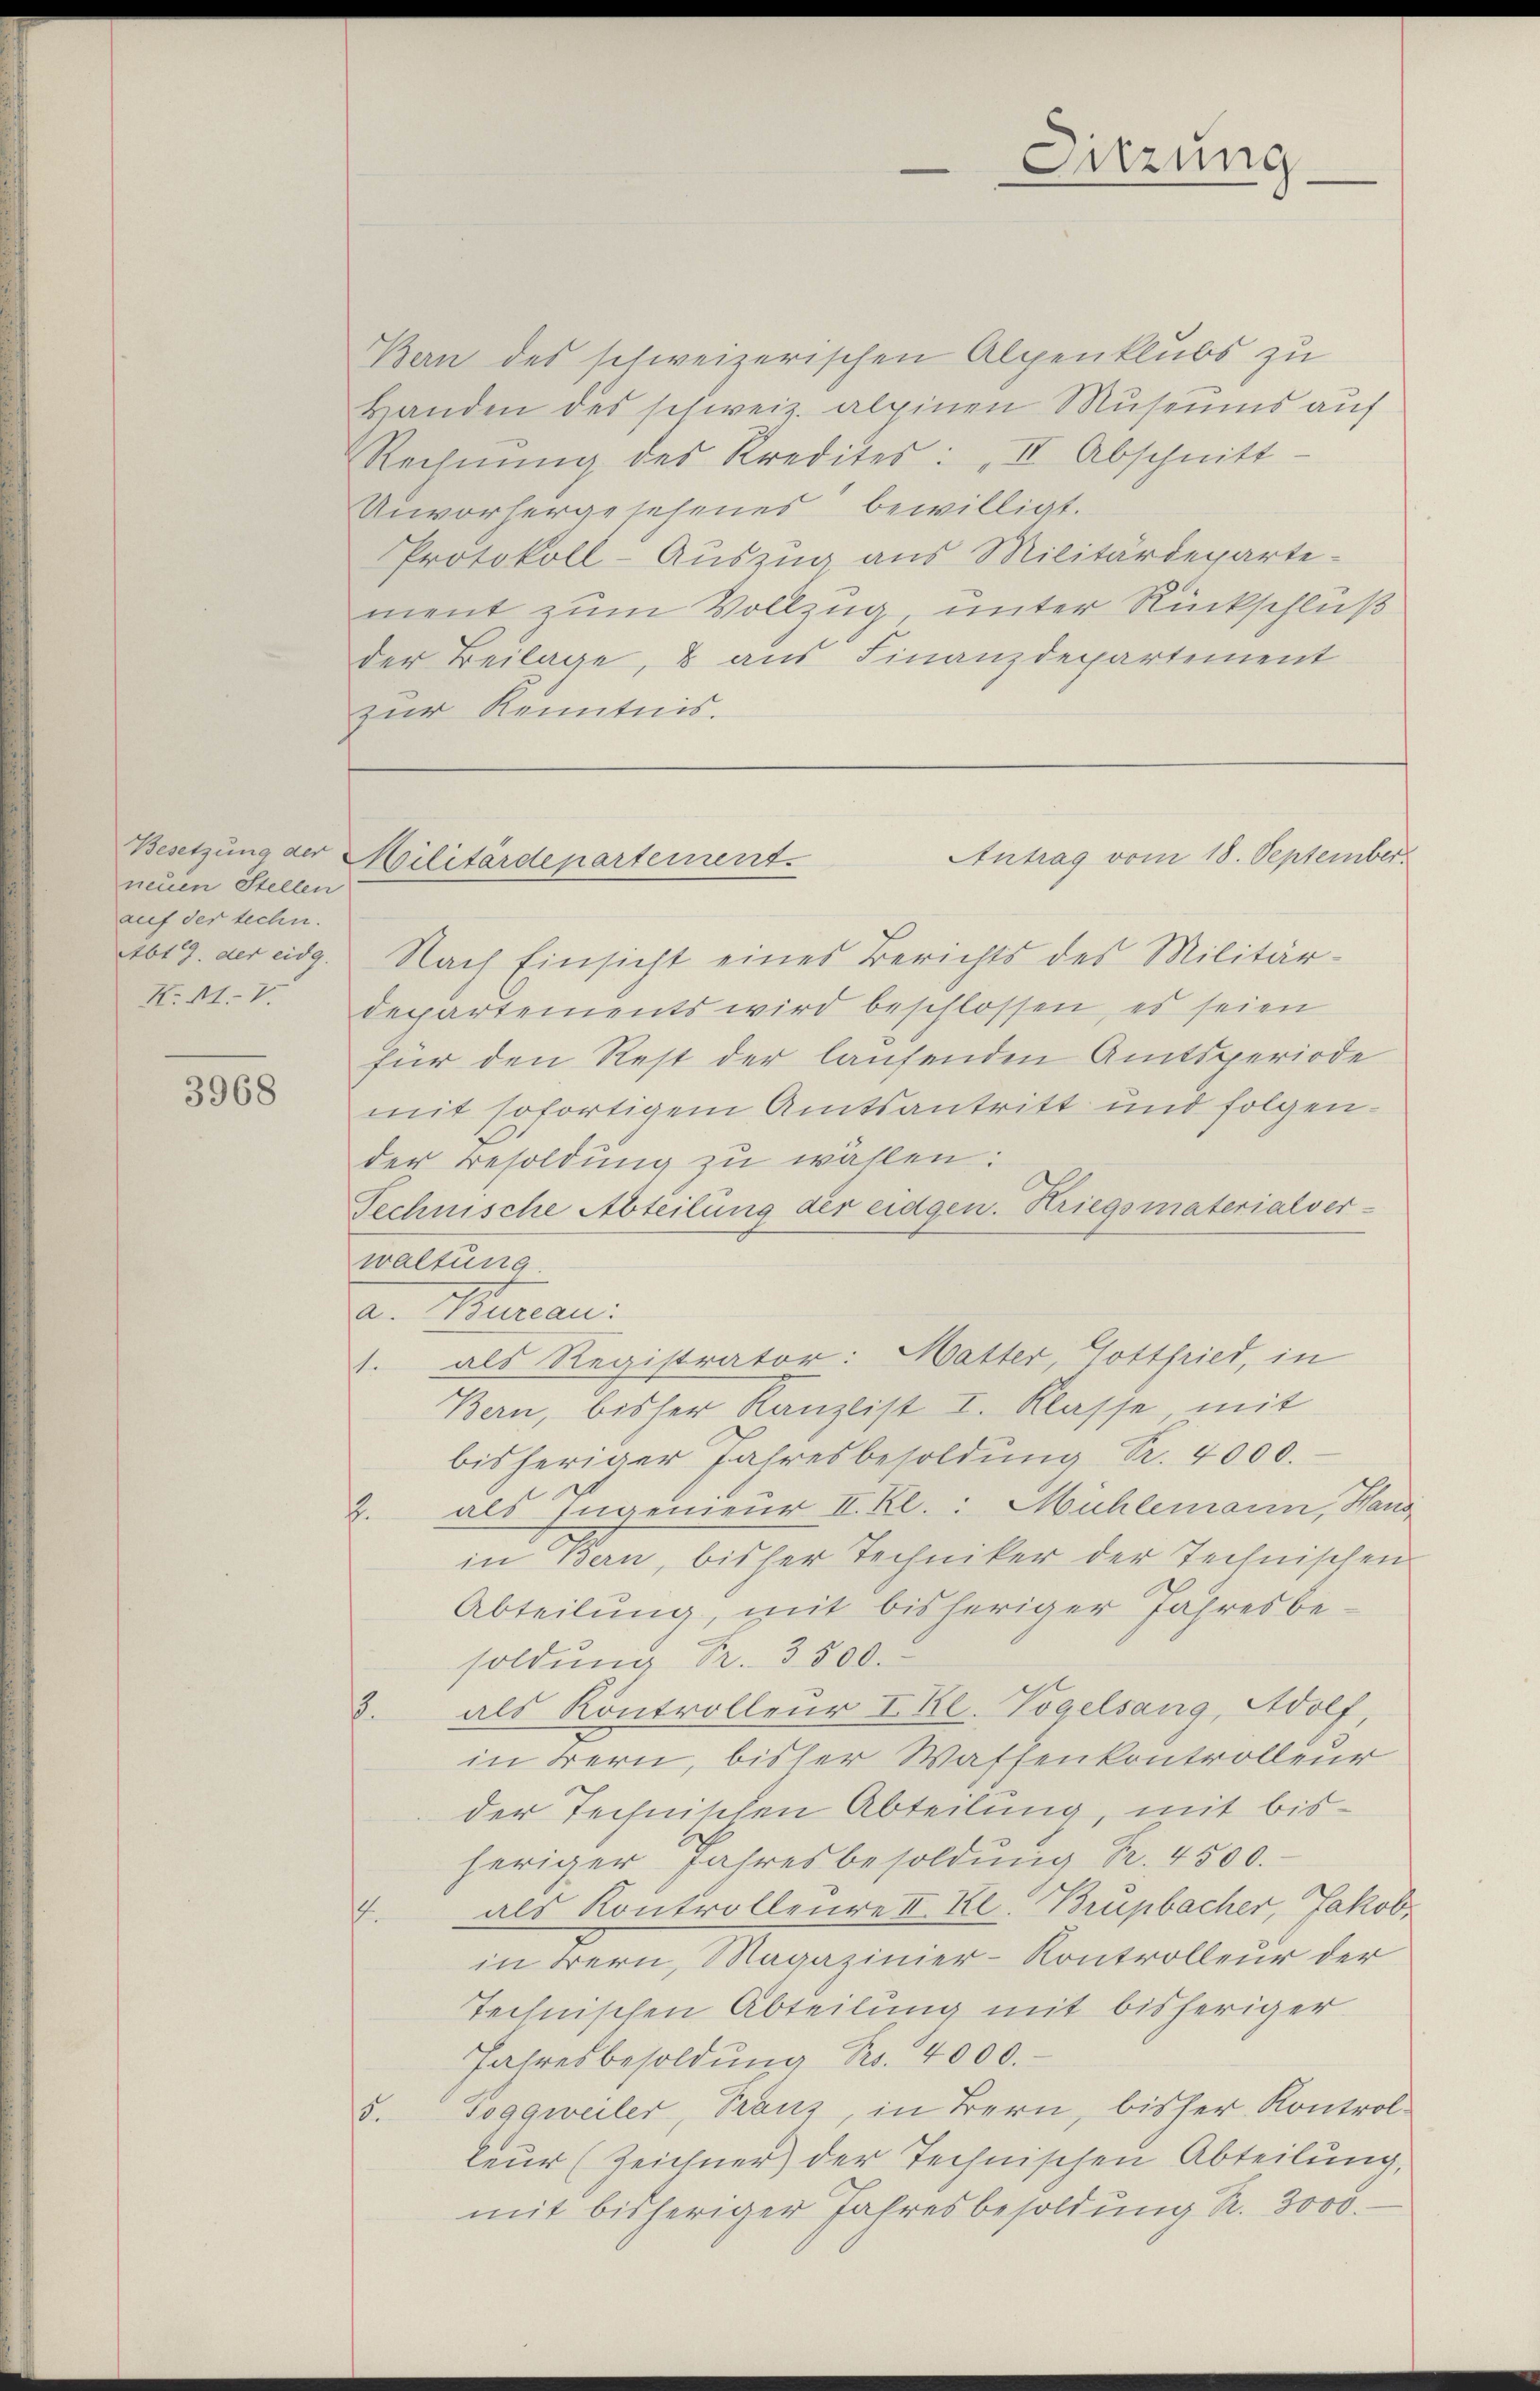
Besetzung der
neuen Stellen
auf der techn.
Abt. der eidg.

3968

der Beilage, & aus Finanzdepartement
zur Kenntnis.

Kan des schweizerischen Alpenklubs zu
Handen des schweiz. alpinen Museums auf
Rechnŭng des Kredites: „II Abschnitt
Unvorhergesehenes bewilligt.
Protokoll-Auszug aus Militärdepartement zum Vollzug, unter Rückschluß
Nach Einsicht eines Berichts des Militär-
K. M. V. Departements wird beschlossen, es seien
für den Rest der laufenden Amtsperiode
mit sofortigem Amtsantritt und folgender Besoldung zu wählen:
Technische Abteilung der eidgen. Kriegsmaterialverwaltung.
a. Bureau.
1. als Registrator: Matter, Gottfried, in
Bern, bisher Kanzlist I. Klasse mit
bisheriger Jahresbesoldŭng Sr. 4000.
2. als Ingenieur II. Kl.: Mühlemann, Haus
in Bern, bisher Techniker der Technischen
Abteilung, mit bisheriger Jahresbe-
soldung Fr. 3500.
als Kontrolleur I. Kl. Vogelsang, Adolf,
1.
in Bern, bisser Waffenkontrolleur
der Technischen Abteilung, mit bisheriger Jahresbesoldung Fr. 4500.-
als Kontrolleure II. Kl. Brupbacher, Jakob,
f
in Bern, Magazinier-Kontrolleur der
Technischen Abteilung mit bisheriger
Jahresbesoldŭng Nr. 4000.
5. Toggweiler, Tranz, in Bern, bisher Kontrolteur (Zeichner) der Technischen Abteilung,
mit bisheriger Jahresbesoldung R. 3000.

Antrag vom 18. September.
Militärdepartement.

Sitzung